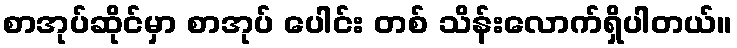
စာအုပ်ဆိုင်မှာ စာအုပ် ပေါင်း တစ် သိန်းလောက်ရှိပါတယ်။